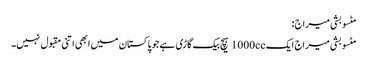
مٹسوبشی میراج:
مٹسوبشی میراج ایک 1000cc ہیچ بیک گاڑی ہے جو پاکستان میں ابھی اتنی مقبول نہیں۔